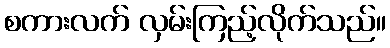
စကားလက် လှမ်းကြည့်လိုက်သည်။